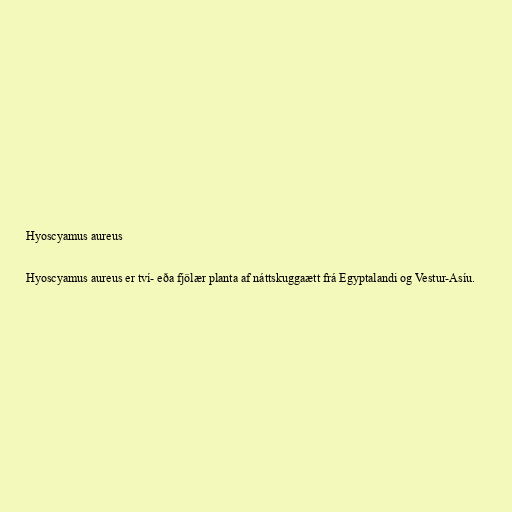
Hyoscyamus aureus

Hyoscyamus aureus er tví- eða fjölær planta af náttskuggaætt frá Egyptalandi og Vestur-Asíu.